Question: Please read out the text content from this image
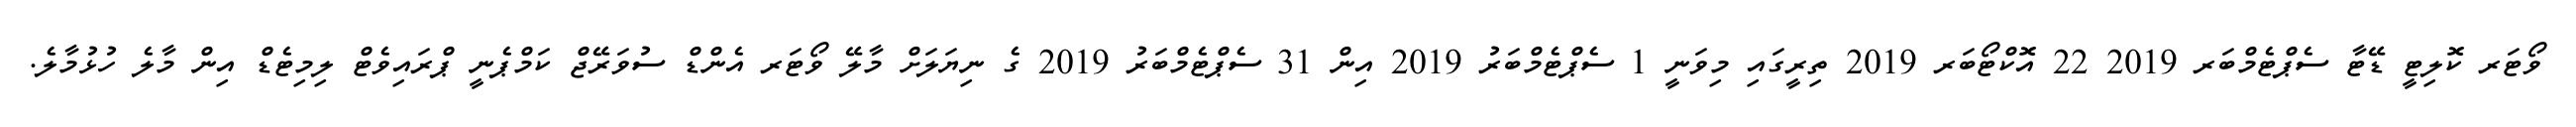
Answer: ވޯޓަރ ކޮލިޓީ ޑޭޓާ ސެޕްޓެމްބަރ 2019 22 އޮކްޓޯބަރ 2019 ތިރީގައި މިވަނީ 1 ސެޕްޓެމްބަރު 2019 އިން 31 ސެޕްޓެމްބަރު 2019 ގެ ނިޔަލަށް މާލޭ ވޯޓަރ އެންޑް ސުވަރޭޖް ކަމްޕެނީ ޕްރައިވެޓް ލިމިޓެޑް އިން މާލެ ހުޅުމާލެ.